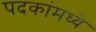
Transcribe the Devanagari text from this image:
पदकांमध्ये